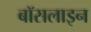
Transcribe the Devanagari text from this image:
बॉसलाइन